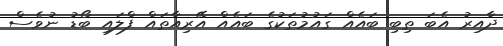
ދާއިރު އެބަ ތިބި ބައެއް ގައުމުތަކުގެ ބައެއް އޭރިއާތައް ފްލައި ބޯޑު ނުވެސް